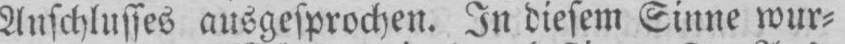
Anschlusses ausgesprochen. In diesem Sinne wur⸗